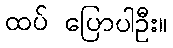
ထပ် ပြောပါဦး။